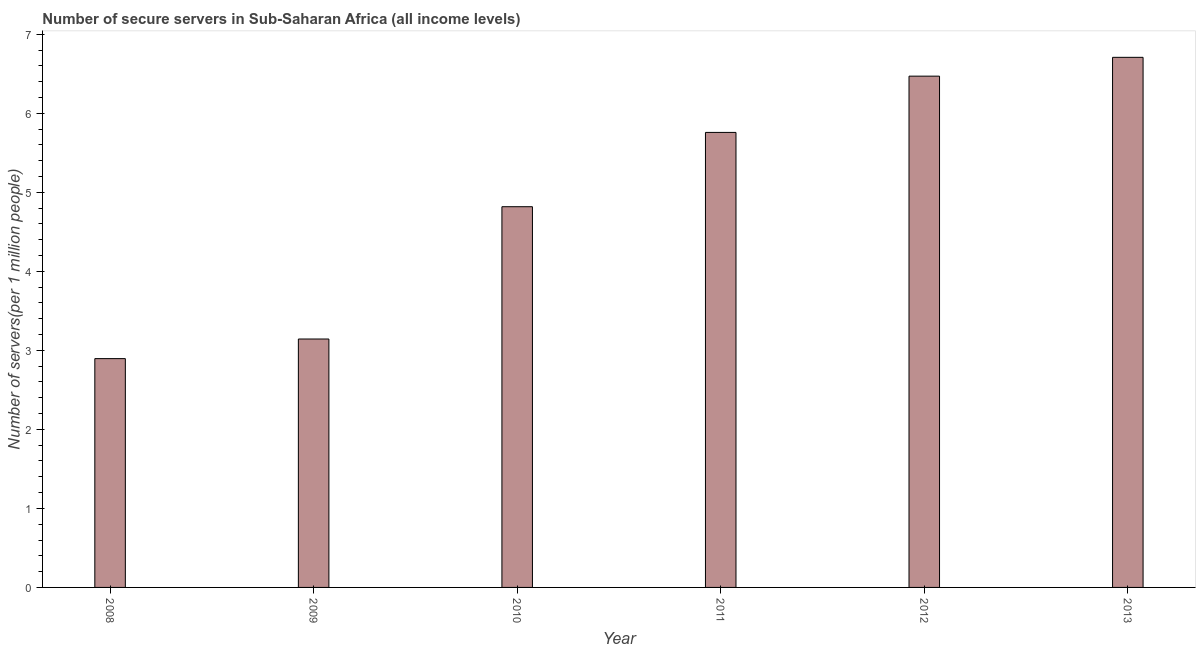
| Year | Secure Internet servers |
 | --- | --- |
 | 2008 | 2.9 |
 | 2009 | 3.14 |
 | 2010 | 4.82 |
 | 2011 | 5.76 |
 | 2012 | 6.47 |
 | 2013 | 6.71 |